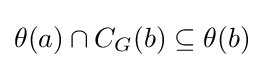
\theta (a)\cap C_{G}(b)\subseteq \theta (b)